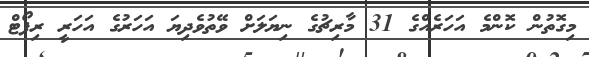
މިގޮތުން ކޮންމެ އަހަރެއްގެ 31 މާރިޗުގެ ނިޔަލަށް ވޭތުވެދިޔަ އަހަރުގެ އަހަރީ ރިޕޯޓް